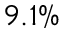
9 . 1 \%